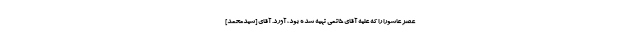
عصر عاشورا را كه علیه آقاى خاتمى تهیه شده بود، آورد. آقاى [سیدمحمد]